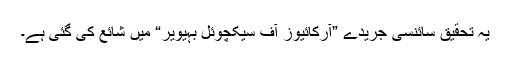
یہ تحقیق سائنسی جریدے ”آرکائیوز آف سیکچوئل بہیویر“ میں شائع کی گئی ہے۔